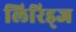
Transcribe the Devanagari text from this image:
लिरिड्ज